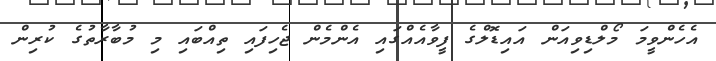
އެހެންވީމަ މޯލްޑިވިއަން އައިޑޮލްގެ ފީވާއެއްގައި އެންމެން ޖެހިފައި ތިއްބައި މި މުބާރާތުގެ ކުރިން